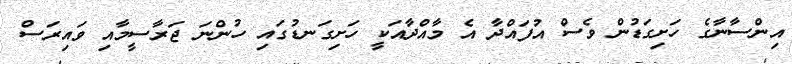
އިންސާނާގެ ހަށިގަޑުން ވެސް އުފައްދާ އެ މާއްދާއަކީ ހަށިގަނޑުގައި ހުންނަ ޖަރާސީމާއި ވައިރަސް